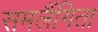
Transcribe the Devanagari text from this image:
समलैंगिता